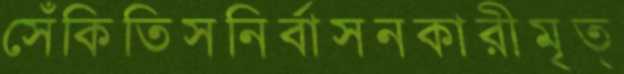
সেঁকিতিসনির্বাসনকারীমৃত্